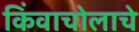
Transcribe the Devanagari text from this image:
किंवाचोलाचे